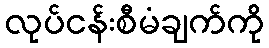
လုပ်ငန်းစီမံချက်ကို